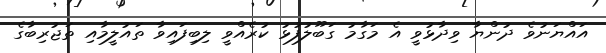
އައްޔަނުވެ ދުންޔާ ވިދާޅުވީ އެ މަގާމު ގަބޫލުފުޅު ކުރެއްވީ ލިބިފައިވާ ތައުލީމާއި ތަޖުރިބާގެ